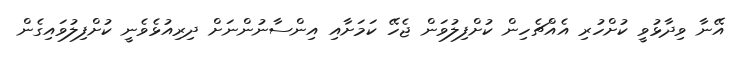
އޭނާ ވިދާޅުވީ ކުށްހުރި އެއްޗެހިން ކުށްފިލުވަން ޖެހޭ ކަމަށާއި އިންސާނުންނަށް ދިރިއުޅެވެނީ ކުށްފިލުވައިގެން